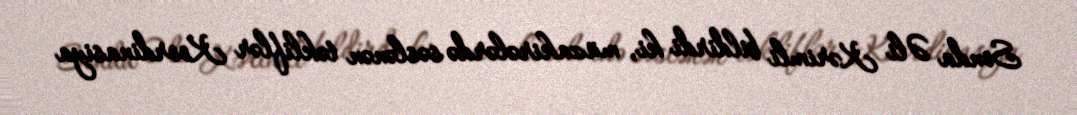
Sonda Əli Kərimli bildirdi ki, müzakirələrdə səslənən təkliflər Koordinasiya